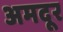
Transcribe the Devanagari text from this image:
अमदूर